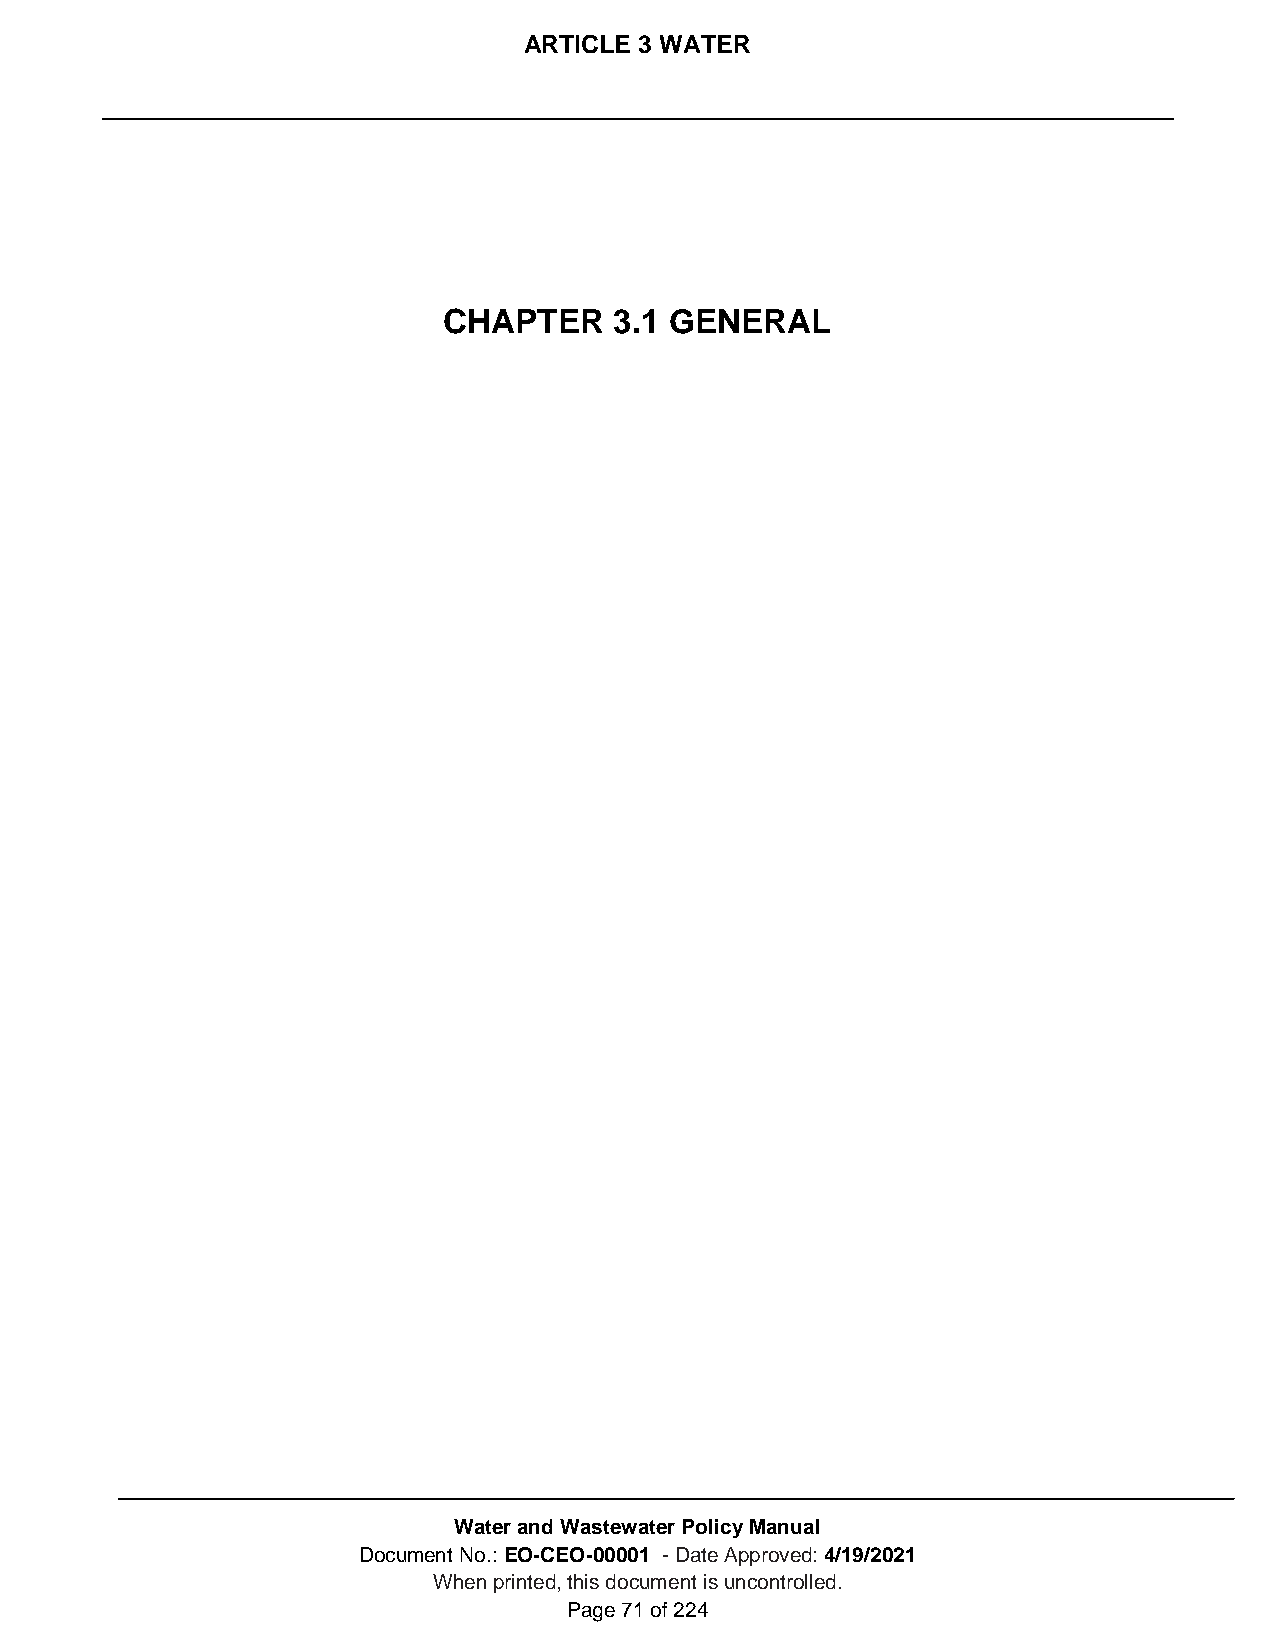
ARTICLE 3 WATER
 CHAPTER     3.1 GENERAL
 Water and Wastewater Policy Manual
 Document No.: EO-CEO-00001 - Date Approved: 4/19/2021
 When printed, this document is uncontrolled.
 Page 71 of 224